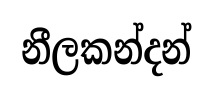
නීලකන්දන්